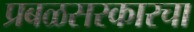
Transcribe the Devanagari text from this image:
प्रबळसरकारचा